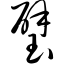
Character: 璧